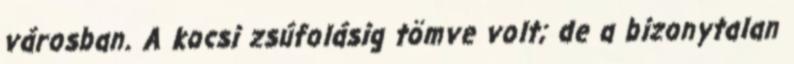
városban. A kocsi zsúfolásig tömve volt; de a bizonytalan